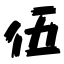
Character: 伍